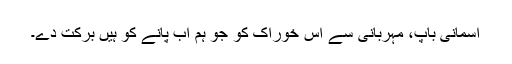
آسمانی باپ، مہربانی سے اِس خوراک کو جو ہم اب پانے کو ہیں برکت دے۔